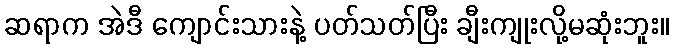
ဆရာက အဲဒီ ကျောင်းသားနဲ့ ပတ်သတ်ပြီး ချီးကျုးလို့မဆုံးဘူး။